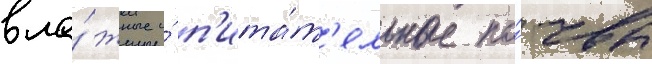
вла́жные и́ п'ита́т'ельные по́чвы